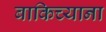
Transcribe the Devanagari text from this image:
बाकिच्याना